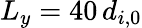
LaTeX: {L_{y}=40\, d_{i,0}}